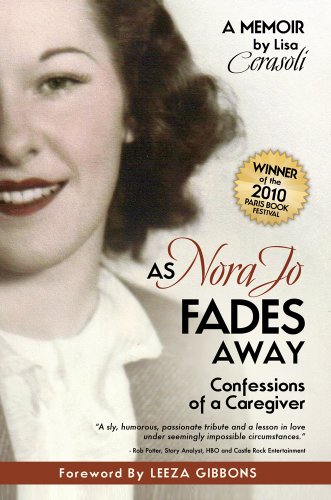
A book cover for As Nora Jo Fades Away: Confessions of a Caregiver; Lisa Cerasoli; Parenting & Relationships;